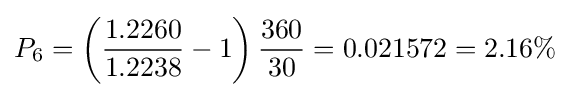
P_{6}=\left({\frac {1.2260}{1.2238}}-1\right){\frac {360}{30}}=0.021572=2.16\%